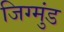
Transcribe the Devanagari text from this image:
जिग्मुंड